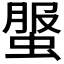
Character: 𧌘